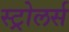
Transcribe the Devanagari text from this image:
स्ट्रोलर्स